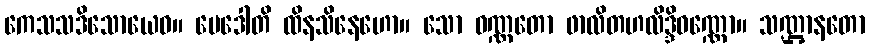
ကေသသဒိသောယေဝ။ မေဒေါတိ ထိနသိနေဟော။ သော ဝဏ္ဏတော ဖာလိတဟလိဒ္ဒိဝဏ္ဏော။ သဏ္ဌာနတော